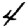
Digit: 4